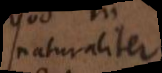
naturaliter